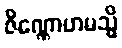
ဇိဏ္ဏောဟမသ္မိ